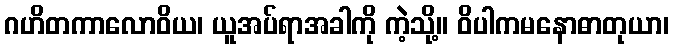
ဂဟိတကာလောဝိယ၊ ယူအပ်ရာအခါကို ကဲ့သို့။ ဝိပါကမနောဓာတုယာ၊